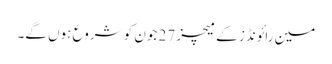
مین رائونڈز کے میچز 27 جون کو شروع ہوں گے۔